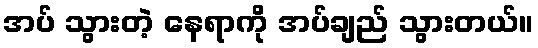
အပ် သွားတဲ့ နေရာကို အပ်ချည် သွားတယ်။